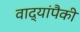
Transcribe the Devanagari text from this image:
वाद्यांपैकी